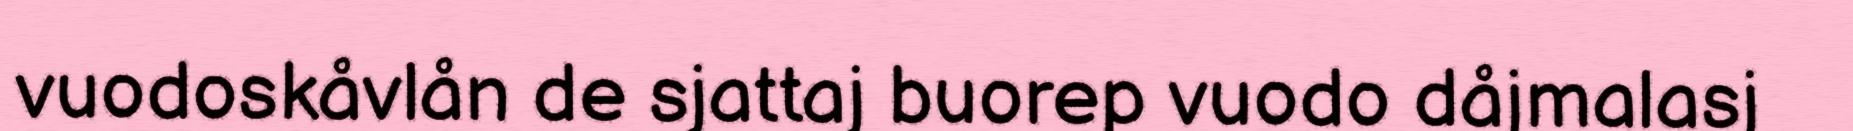
vuodoskåvlån de sjattaj buorep vuodo dåjmalasj